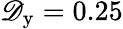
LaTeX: \mathscr{D}_{\mathrm{{y}}}=0.25